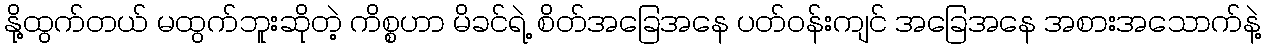
နို့ထွက်တယ် မထွက်ဘူးဆိုတဲ့ ကိစ္စဟာ မိခင်ရဲ့ စိတ်အခြေအနေ ပတ်ဝန်းကျင် အခြေအနေ အစားအသောက်နဲ့